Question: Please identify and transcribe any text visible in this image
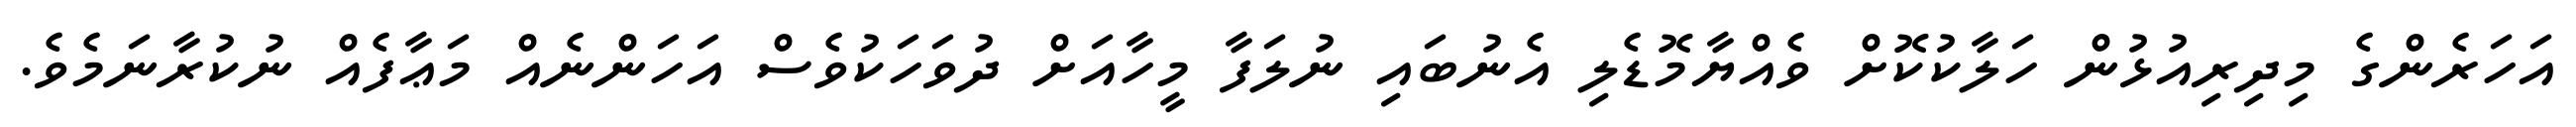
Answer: އަހަރެންގެ މިދިރިއުޅުން ހަލާކުކޮށް ވެއްޔާމޮޑެލި އެނުބައި ނުލަފާ މީހާއަށް ދުވަހަކުވެސް އަހަންނެއް މަޢާފެއް ނުކުރާނަމެވެ.